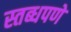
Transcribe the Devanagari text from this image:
स्तब्धपणे